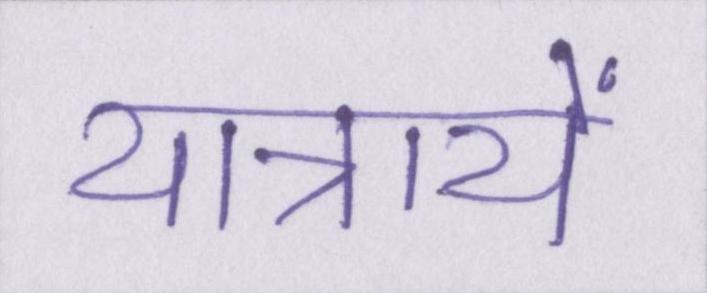
यात्रायें